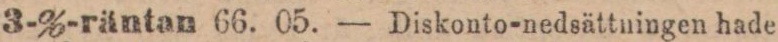
3-%-räntan 66. 05. — Diskonto-nedsättningen hade